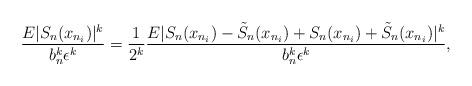
LaTeX: \begin{align*} \frac{E |S_n(x_{n_i} )|^k}{b_n^k \epsilon^k } = \frac{1}{2^k}\frac{E |S_n(x_{n_i}) - \tilde{S}_n(x_{n_i})+ S_n(x_{n_i}) + \tilde{S}_n(x_{n_i})|^k}{b_n^k \epsilon^k}, \end{align*}